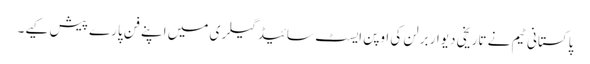
پاکستانی ٹیم نے تاریخی دیوار برلن کی اوپن ایسٹ سائیڈ گیلری میں اپنے فن پارے پیش کیے۔